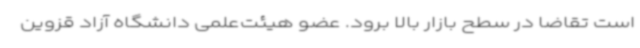
است تقاضا در سطح بازار بالا برود. عضو هیئت‌علمی دانشگاه آزاد قزوین